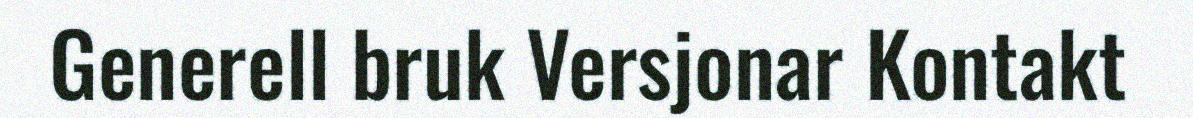
Generell bruk Versjonar Kontakt